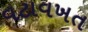
વટાવખત